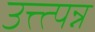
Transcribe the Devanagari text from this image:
उत्त्त्पन्न